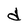
Character: d